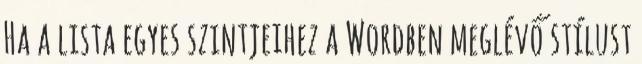
Ha a lista egyes szintjeihez a Wordben meglévő stílust